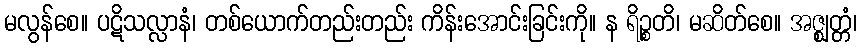
မလွန်စေ။ ပဋိသလ္လာနံ၊ တစ်ယောက်တည်းတည်း ကိန်းအောင်းခြင်းကို။ န ရိဉ္စတိ၊ မဆိတ်စေ။ အဇ္ဈတ္တံ၊